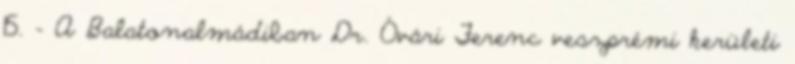
15. – A Balatonalmádiban Dr. Óvári Ferenc veszprémi kerületi